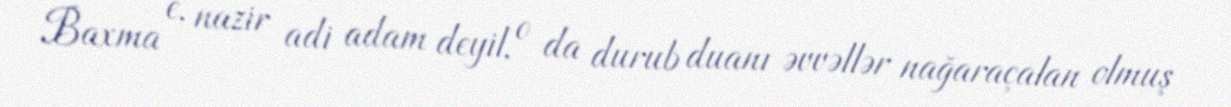
Baxma e, nazir adi adam deyil, o da durub duanı əvvəllər nağaraçalan olmuş